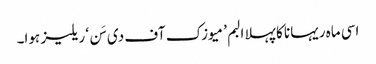
اسی ماہ ریہانا کا پہلا البم ’میوزک آف دی سَن‘ ریلیز ہوا۔